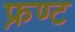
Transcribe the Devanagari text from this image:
फ़्रण्ट